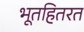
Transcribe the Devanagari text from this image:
भूतहितरत